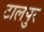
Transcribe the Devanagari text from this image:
टालपुर